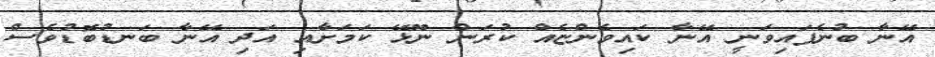
އޭނާ ބުނެފައިވަނީ އޭނާ ކައިވެންޏެއް ކުރަން ނޫޅޭ ކަމަށާއި އަދި އޭނާ ބަނޑުބޮޑުވެސް